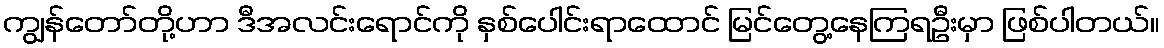
ကျွန်တော်တို့ဟာ ဒီအလင်းရောင်ကို နှစ်ပေါင်းရာထောင် မြင်တွေ့နေကြရဦးမှာ ဖြစ်ပါတယ်။